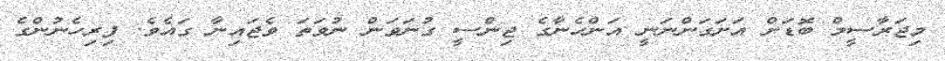
މިޖަރާސީމް ބޮޑަށް އަށަގަންނަނީ އަންހެނާގެ ޖިންސީ ގުނަވަން ނުވަތަ ވެޖައިނާ ގައެވެ. ފިރިހެނުންގެ